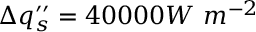
\Delta q _ { s } ^ { \prime \prime } = 4 0 0 0 0 W \ m ^ { - 2 }